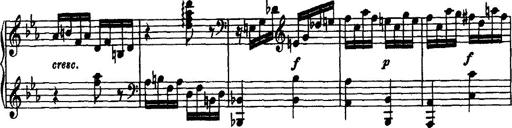
Title: Variation Ã¼ber einen Walzer von Diabelli
Composer: Franz Liszt